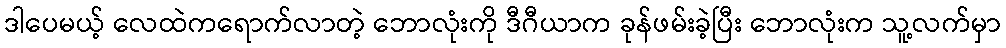
ဒါပေမယ့် လေထဲကရောက်လာတဲ့ ဘောလုံးကို ဒီဂီယာက ခုန်ဖမ်းခဲ့ပြီး ဘောလုံးက သူ့လက်မှာ